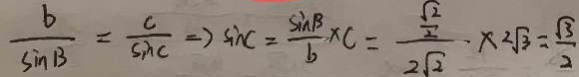
\frac { b } { \sin B } = \frac { c } { \sin C } \Rightarrow \sin c = \frac { \sin B } { b } \times C = \frac { \frac { \sqrt { 2 } } { 2 } } { 2 \sqrt { 2 } } \times 2 \sqrt { 3 } = \frac { \sqrt { 3 } } { 2 }